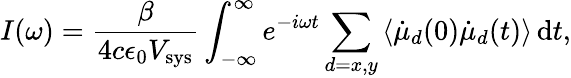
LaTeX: I(\omega)={\frac{\beta}{4c\epsilon_{0}V_{\mathrm{sys}}}}\int_{-\infty}^{\infty}e^{-i\omega t}\sum_{d=x,y}\left<\dot{\mu}_{d}(0)\dot{\mu}_{d}(t)\right>\, \mathrm{d}t,